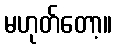
မဟုတ်တော့။